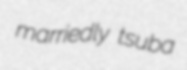
marriedly tsuba